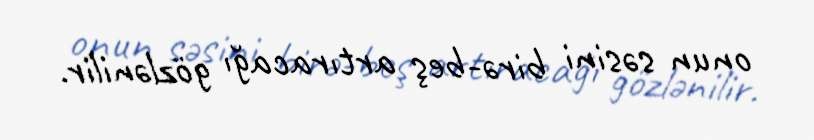
onun səsini birə-beş artıracağı gözlənilir.